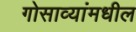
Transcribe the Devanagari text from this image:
गोसाव्यांमधील